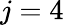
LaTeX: j=4